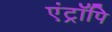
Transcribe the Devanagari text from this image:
एंट्रॉपि